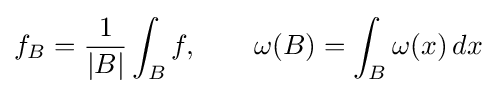
f_{B}={\frac {1}{|B|}}\int _{B}f,\qquad \omega (B)=\int _{B}\omega (x)\,dx